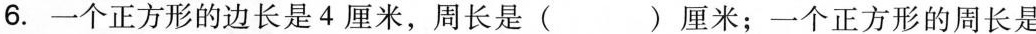
6. 一个正方形的边长是4厘米，周长是( )厘米；一个正方形的周长是